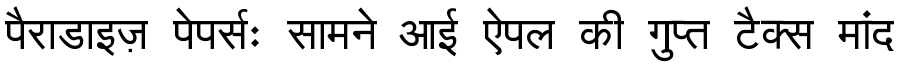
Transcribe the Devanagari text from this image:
पैराडाइज़ पेपर्सः सामने आई ऐपल की गुप्त टैक्स मांद